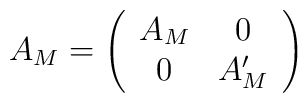
A_M=\left(\begin{array}{cc} A_M & 0 \\                                          0 & A'_M \\ \end{array} \right)